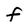
Character: F